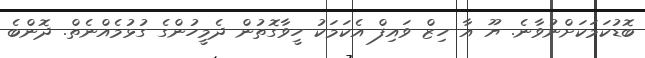
ބޮޑުކަމަކަށްނުވާނެ. ޔޫ އާ ހިޒް ވައިފް އެކަމަކު ހީވާގޮތުން ދެމީހުންގެ ގުޅުމެއްނެތް. ދޮންބެ